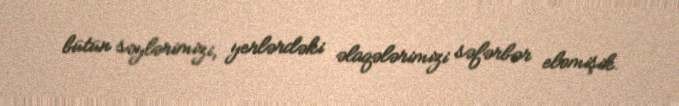
bütün səylərimizi, yerlərdəki əlaqələrimizi səfərbər eləmişik.